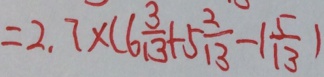
= 2 . 7 \times ( 6 \frac { 3 } { 1 3 } + 5 \frac { 2 } { 1 3 } - 1 \frac { 5 } { 1 3 } )